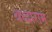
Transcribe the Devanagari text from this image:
श्रध्दाराम